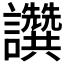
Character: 𧮖